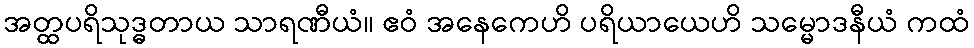
အတ္ထပရိသုဒ္ဓတာယ သာရဏီယံ။ ဧဝံ အနေကေဟိ ပရိယာယေဟိ သမ္မောဒနီယံ ကထံ